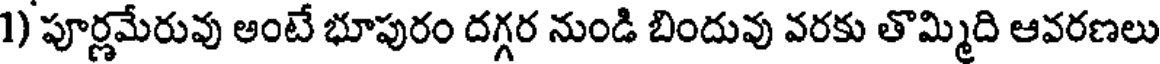
1) పూర్ణమేరువు అంటే భూపురం దగ్గర నుండి బిందువు వరకు తొమ్మిది ఆవరణలు